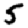
Digit: 5